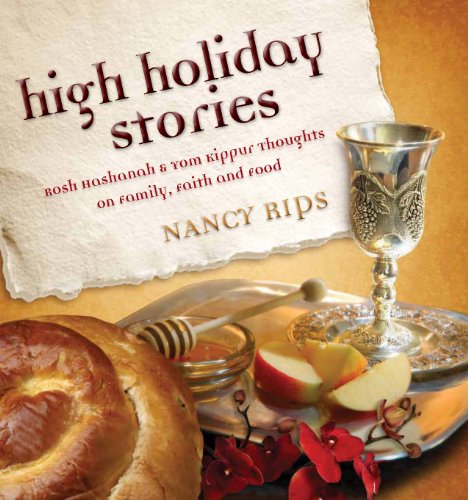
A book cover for High Holiday Stories: Rosh Hashanah & Yom Kippur Thoughts on Family, Faith and Food (Judaism); Nancy Rips; Religion & Spirituality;